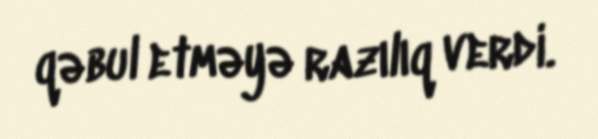
qəbul etməyə razılıq verdi.